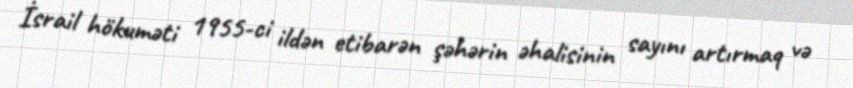
İsrail hökuməti 1955-ci ildən etibarən şəhərin əhalisinin sayını artırmaq və